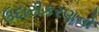
ઉદારીકરણનો